Annual report of the Bengal Veterinary College and of the Civil Veterinary Department, Bengal, for the year 1909-1910 - 1909-1910
Year: 1909
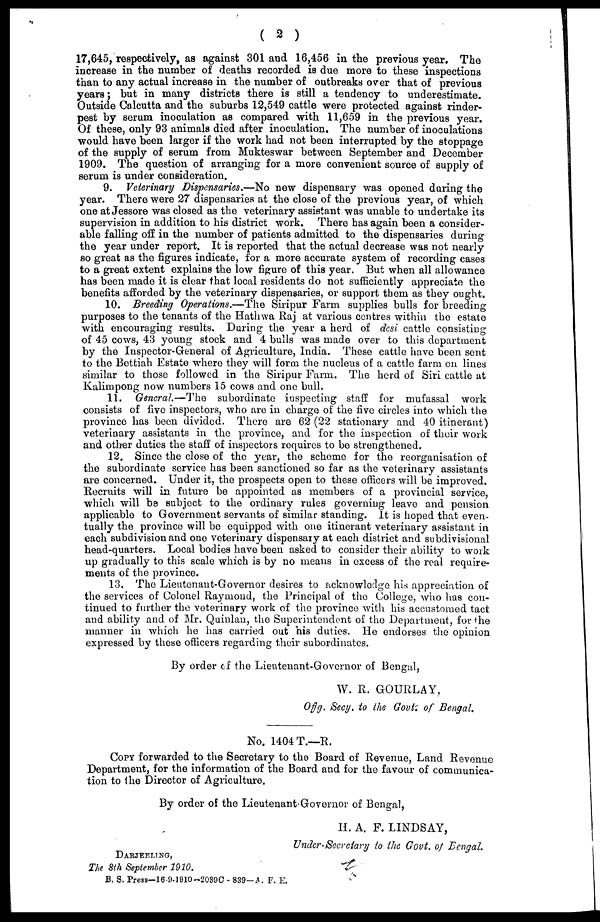
( 2 )
17,645, respectively, as against 301 and 16,456 in the previous year. The
increase in the number of deaths recorded is due more to these inspections
than to any actual increase in the number of outbreaks over that of previous
years; but in many districts there is still a tendency to underestimate.
Outside Calcutta and the suburbs 12,549 cattle were protected against rinder-
pest by serum inoculation as compared with 11,659 in the previous year.
Of these, only 93 animals died after inoculation. The number of inoculations
would have been larger if the work had not been interrupted by the stoppage
of the supply of serum from Mukteswar between September and December
1909. The question of arranging for a more convenient source of supply of
serum is under consideration.
9. Veterinary Dispensaries.—No new dispensary was opened during the
year. There were 27 dispensaries at the close of the previous year, of which
one at Jessore was closed as the veterinary assistant was unable to undertake its
supervision in addition to his district work. There has again been a consider-
able falling off in the number of patients admitted to the dispensaries during
the year under report. It is reported that the actual decrease was not nearly
so great as the figures indicate, for a more accurate system of recording cases
to a great extent explains the low figure of this year. But when all allowance
has been made it is clear that local residents do not sufficiently appreciate the
benefits afforded by the veterinary dispensaries, or support them as they ought.
10. Breeding Operations.—The Siripur Farm supplies bulls for breeding
purposes to the tenants of the Hathwa Raj at various centres within the estate
with encouraging results. During the year a herd of desi cattle consisting
of 45 cows, 43 young stock and 4 bulls was made over to this department
by the Inspector-General of Agriculture, India. These cattle have been sent
to the Bettiah Estate where they will form the nucleus of a cattle farm on lines
similar to those followed in the Siripur Farm. The herd of Siri cattle at
Kalimpong now numbers 15 cows and one bull.
11. General.—The
subordinate inspecting staff for mufassal work
consists of five inspectors, who are in charge of the five circles into which the
province has been divided. There are 62 (22 stationary and 40 itinerant)
veterinary assistants in the province, and for the inspection of their work
and other duties the staff of inspectors requires to be strengthened.
12. Since the close of the year, the scheme for the reorganisation of
the subordinate service has been sanctioned so far as the veterinary assistants
are concerned. Under it, the prospects open to these officers will be improved.
Recruits will in future be appointed as members of a provincial service,
which will be subject to the ordinary rules governing leave and pension
applicable to Government servants of similar standing. It is hoped that even-
tually the province will be equipped with one itinerant veterinary assistant in
each subdivision and one veterinary dispensary at each district and subdivisional
head-quarters. Local bodies have been asked to consider their ability to work
up gradually to this scale which is by no means in excess of the real require-
ments of the province.
13. The Lieutenant-Governor desires to acknowledge his appreciation of
the services of Colonel Raymond, the Principal of the College, who has con-
tinued to further the veterinary work of the province with his accustomed tact
and ability and of Mr. Quiulan, the Superintendent of the Department, for the
manner in which he has carried out his duties. He endorses the opinion
expressed by these officers regarding their subordinates.
By order of the Lieutenant-Governor of Bengal,
W. R. GOURLAY,
Offg. Secy. to the Govt. of Bengal.
No. 1404 T.—R.
COPY forwarded to the Secretary to the Board of Revenue, Land Revenue
Department, for the information of the Board and for the favour of communica-
tion to the Director of Agriculture.
By order of the Lieutenant-Governor of Bengal,
H. A. F. LINDSAY,
Under-Secretary to the Govt. of Bengal.
DARJEELING,
The 8th September 1910.
B. S. Press—16-9-1910-20390- 839-4. F. E.